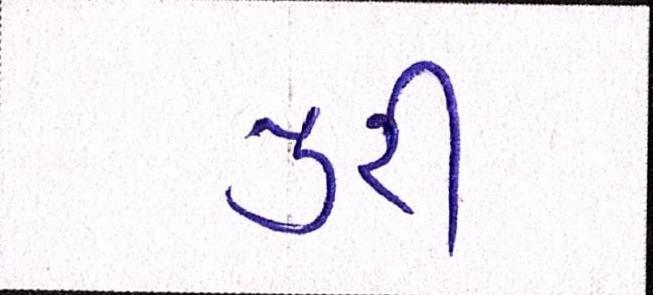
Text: પુરી